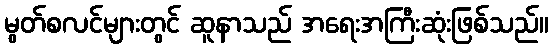
မွတ်စလင်များတွင် ဆူနာသည် အရေးအကြီးဆုံးဖြစ်သည်။